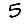
Digit: 5